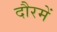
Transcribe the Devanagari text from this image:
दौरमें